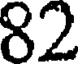
82